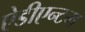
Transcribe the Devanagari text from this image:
ऐडीएन्टम